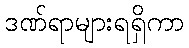
ဒဏ်ရာများရရှိကာ